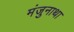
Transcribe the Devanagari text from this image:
मंजुनाथा